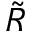
\tilde { R }